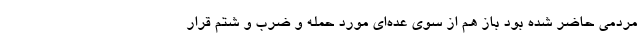
مردمی حاضر شده بود باز هم از سوی عده‌ای مورد حمله و ضرب و شتم قرار